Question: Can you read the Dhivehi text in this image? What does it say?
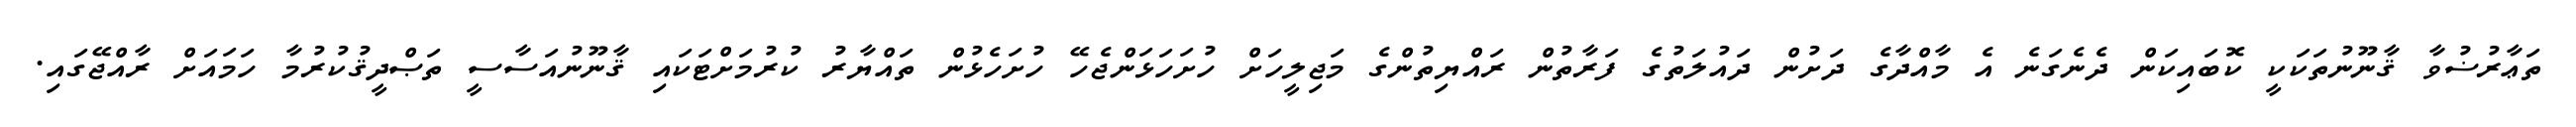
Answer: ތަޢާރުޟުވާ ޤާނޫނުތަކަކީ ކޮބައިކަން ދެނެގަނެ އެ މާއްދާގެ ދަށުން ދައުލަތުގެ ފަރާތުން ރައްޔިތުންގެ މަޖިލީހަށް ހުށަހަޅަންޖެހޭ ހުށަހެޅުން ތައްޔާރު ކުރުމަށްޓަކައި ޤާނޫނުއަސާސީ ތަޞްދީޤުކުރުމާ ހަމައަށް ރާއްޖޭގައި.